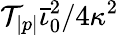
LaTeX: \mathcal{T}_{|p|}\bar{\iota}_{0}^{2}/4\kappa^{2}